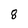
Character: 8